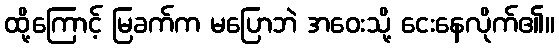
ထို့ကြောင့် မြခက်က မပြောဘဲ အဝေးသို့ ငေးနေလိုက်၏။